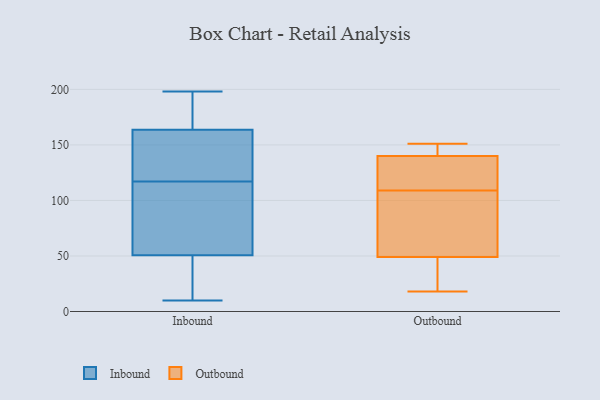
{"axis": {"x": "Energy Usage (MWh)", "y": "Value"}, "legend": ["Inbound", "Outbound"], "data": [{"x": "", "y": 151, "type": "Inbound"}, {"x": "", "y": 78, "type": "Inbound"}, {"x": "", "y": 43, "type": "Inbound"}, {"x": "", "y": 24, "type": "Inbound"}, {"x": "", "y": 46, "type": "Inbound"}, {"x": "", "y": 169, "type": "Inbound"}, {"x": "", "y": 10, "type": "Inbound"}, {"x": "", "y": 154, "type": "Inbound"}, {"x": "", "y": 117, "type": "Inbound"}, {"x": "", "y": 198, "type": "Inbound"}, {"x": "", "y": 121, "type": "Inbound"}, {"x": "", "y": 90, "type": "Inbound"}, {"x": "", "y": 154, "type": "Inbound"}, {"x": "", "y": 167, "type": "Inbound"}, {"x": "", "y": 70, "type": "Inbound"}, {"x": "", "y": 180, "type": "Inbound"}, {"x": "", "y": 46, "type": "Inbound"}, {"x": "", "y": 195, "type": "Inbound"}, {"x": "", "y": 65, "type": "Inbound"}, {"x": "", "y": 62, "type": "Outbound"}, {"x": "", "y": 34, "type": "Outbound"}, {"x": "", "y": 131, "type": "Outbound"}, {"x": "", "y": 137, "type": "Outbound"}, {"x": "", "y": 18, "type": "Outbound"}, {"x": "", "y": 142, "type": "Outbound"}, {"x": "", "y": 138, "type": "Outbound"}, {"x": "", "y": 87, "type": "Outbound"}, {"x": "", "y": 36, "type": "Outbound"}, {"x": "", "y": 143, "type": "Outbound"}, {"x": "", "y": 151, "type": "Outbound"}, {"x": "", "y": 73, "type": "Outbound"}]}